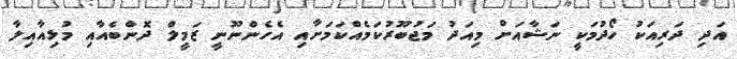
އަދި ދަރިއަކު ހޯދުމަކީ ނަޝާއަށް މިއަދު މަޖުބޫރުކަމެއްކަމަށާއި އެހެންނޫނީ ޒަމީލް ދޮންބެއާއި މުޅިއާއިލާ